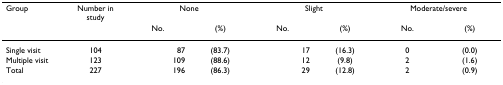
<table><thead><tr><td><b>Group</b></td><td><b>Number in study</b></td><td colspan="2"><b>None</b></td><td colspan="2"><b>Slight</b></td><td colspan="2"><b>Moderate/severe</b></td></tr><tr><td></td><td></td><td><b>No.</b></td><td><b>(%)</b></td><td><b>No.</b></td><td><b>(%)</b></td><td><b>No.</b></td><td><b>(%)</b></td></tr></thead><tbody><tr><td>Single visit</td><td>104</td><td>87</td><td>(83.7)</td><td>17</td><td>(16.3)</td><td>0</td><td>(0.0)</td></tr><tr><td>Multiple visit</td><td>123</td><td>109</td><td>(88.6)</td><td>12</td><td>(9.8)</td><td>2</td><td>(1.6)</td></tr><tr><td>Total</td><td>227</td><td>196</td><td>(86.3)</td><td>29</td><td>(12.8)</td><td>2</td><td>(0.9)</td></tr></tbody></table>